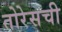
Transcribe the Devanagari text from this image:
तोरेसची